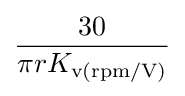
{\frac {30}{\pi rK_{\text{v(rpm/V)}}}}